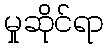
မှုဆိုင်ရာ